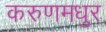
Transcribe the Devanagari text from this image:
करुणमधुर